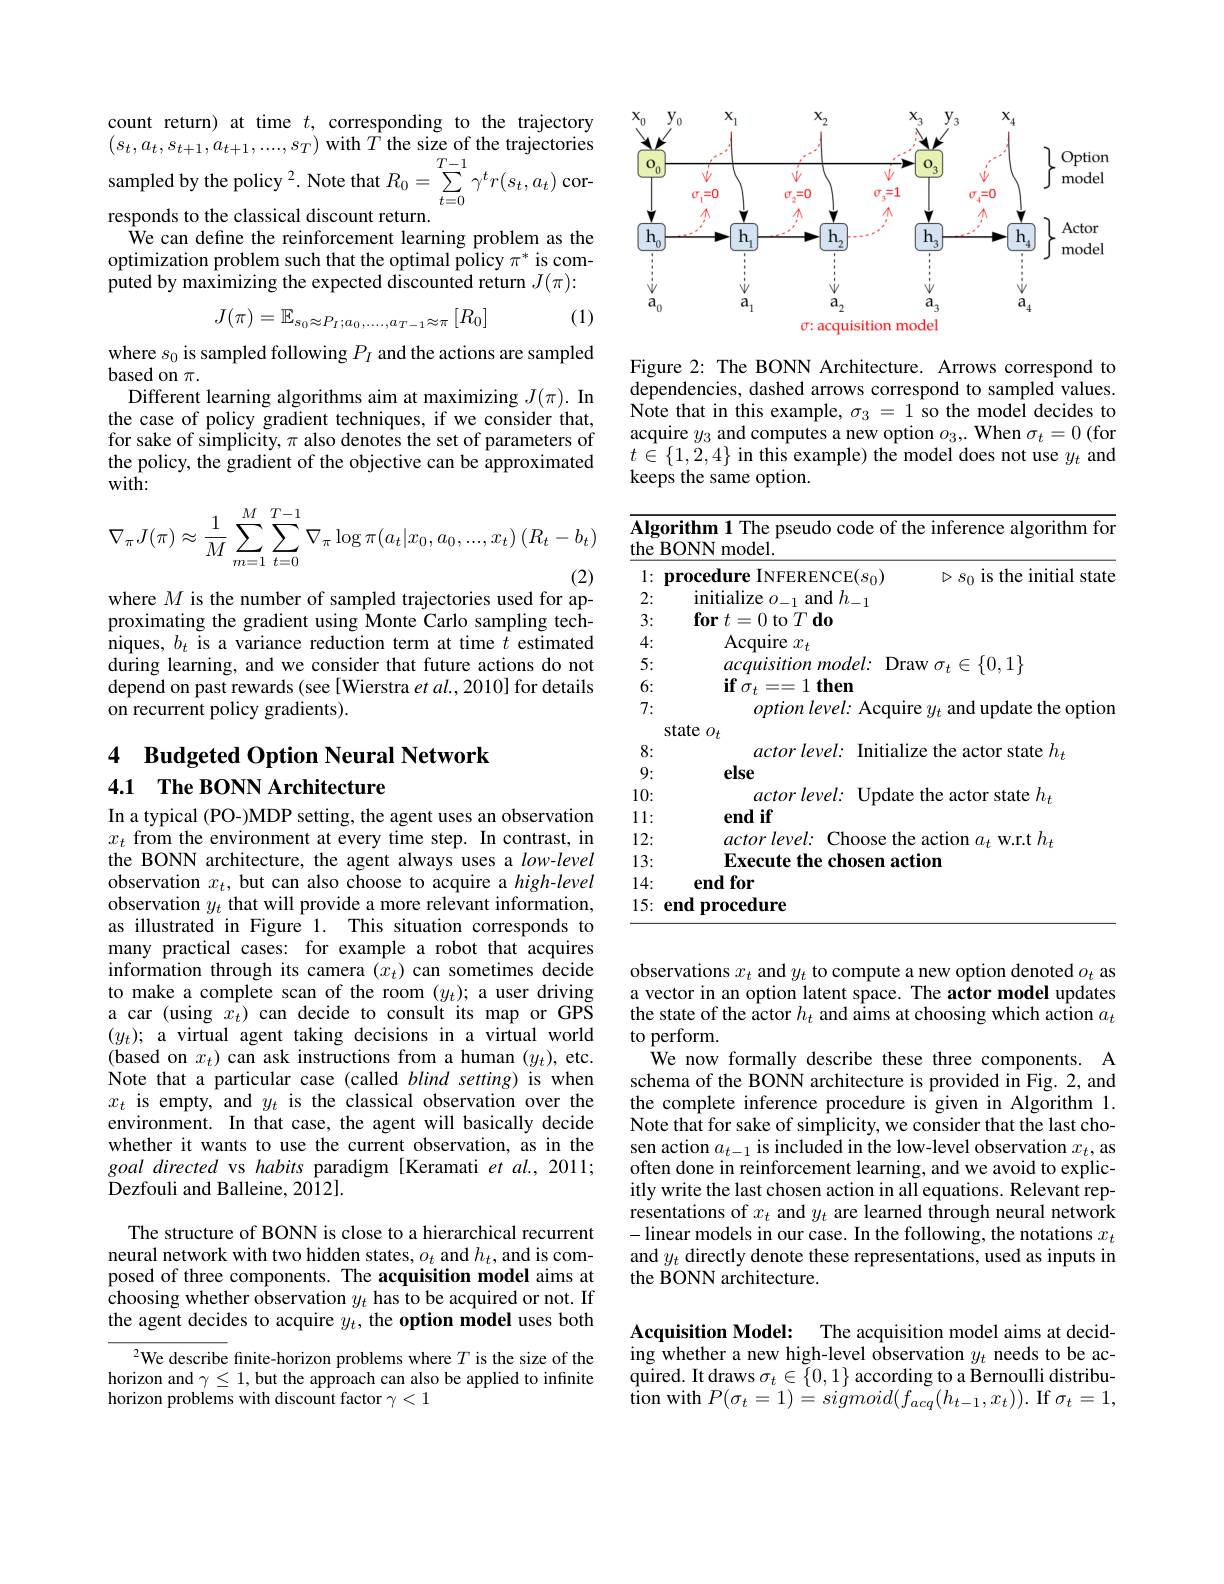
count return) at time $t$, corresponding to the trajectory $\left(s_{t},a_{t},s_{t+1},a_{t+1},\ldots,s_{T}\right)$with $\hat{T}$ the size of the trajectories ampled by the policy $^2.$ Note that $R_0=\sum_{t=0}^{I-1}\gamma^{t}r(s_{t},a_{t})$ corresponds to the classical discount return.
We can define the reinforcement learning problem as the optimization problem such that the optimal policy $\pi^*$ is com- $\hat{\text{puted by maximizing the expected discounted return }}J(\pi):$
$$J(\pi)=\mathbb{E}_{s_0\approx P_I;a_0,\ldots,a_{T-1}\approx\pi}\left[R_0\right]$$
(1)

where $s_0$ is sampled following $P_I$ and the actions are sampled
based on $\pi.$
Different learning algorithms aim at maximizing $J(\pi).$ In the case of policy gradient techniques, if we consider that, for sake of simplicity, $\pi$ also denotes the set of parameters of the policy, the gradient of the objective can be approximated $wit\bar{\mathbf{h}}:$
$$\nabla_{\pi}J(\pi)\approx\frac{1}{M}\sum_{m=1}^{M}\sum_{t=0}^{T-1}\nabla_{\pi}\log\pi(a_{t}|x_{0},a_{0},...,x_{t})\left(R_{t}-b_{t}\right)$$
where $M$ is the number of sampled trajectories used for ap-

proximating the gradient using Monte Carlo sampling techniques, $b_t$ is a variance reduction term at time $t$ estimated during learning, and we consider that future actions do not depend on past rewards (see[Wierstra $et$ al.,2010] for details on recurrent policy gradients).

### 4 Budgeted Option Neural Network 4.1 The BONN Architecture

In a typical (PO-)MDP setting, the agent uses an observation $x_t$ from the environment at every time step. In contrast, in the BONN architecture, the agent always uses a $low-level$ observation $x_t$, but can also choose to acquire a high-level observation $y_t$ that will provide a more relevant information, as illustrated in Figure 1. This situation corresponds to many practical cases: for example a robot that acquires information through its camera $(x_t)$ can sometimes decide to make a complete scan of the room $(y_t);$ a user driving a car (using $\hat{x_t})$ can decide to consult its map or GPS $(y_t);$ a virtual agent taking decisions in a virtual world (based on $x_t)$ can ask instructions from a human $(y_t)$, etc. Note that a particular case (called blind setting) is when $x_t$ is empty, and $y_t$ is the classical observation over the environment. In that case, the agent will basically decide whether it wants to use the current observation, as in the goal directed vs habits paradigm [Keramati et al., 2011; Dezfouli and Balleine, 2012].

The structure of BONN is close to a hierarchical recurrent neural network with two hidden states, $o_t$ and $h_t$, and is composed of three components. The acquisition model aims at choosing whether observation $y_t$ has to be acquired or not. If the agent decides to acquire $y_t$, the option model uses both

${\sqrt{2}\text{We describe}}$ finite-horizon problems where $T$ is the size of the horizon and $\gamma\leq1$,but the approach can also be applied to infinite horizon problems with discount factor $\gamma<1$

<FigureHere>

Figure 2: The BONN Architecture. Arrows correspond to dependencies, dashed arrows correspond to sampled values. $\hat{\text{Note that in this example, }\sigma_{3}}=1\hat{\text{so the model decides to}}$ acquire $y_3$ and computes a new option $o_3,.$ When $\sigma_t=0$ (for $t\in\{1,2,4\}$ in this example) the model does not use $y_t$ and keeps the same option.

<table>
	<tbody>
		<tr>
			<th colspan="3">Algorithm 1 The pseudo code of the inference algorithm fon the BONN model.</th>
		</tr>
		<tr>
			<th>1: </th>
			<th>procedure INFERENCE$(s_0)$</th>
			<th>$\triangleright s_{0}$ is the initial state</th>
		</tr>
		<tr>
			<td>2:</td>
			<td>initialize $o_{-1}$ and $h_{-1}$ </td>
			<td> </td>
		</tr>
		<tr>
			<td>3:</td>
			<td>$\textbf{for}t= 0$ to $T\textbf{do}$</td>
			<td> </td>
		</tr>
		<tr>
			<td>4:</td>
			<td>Acquire $x_t$</td>
			<td> </td>
		</tr>
		<tr>
			<td>5:</td>
			<td>$acquisitionmodel:$ $Dr\varepsilon$</td>
			<td>aw $\sigma_{t}\in\{0,1\}$</td>
		</tr>
		<tr>
			<td>6:</td>
			<td>$\textbf{if}\sigma _{t}= = 1\textbf{then}$</td>
			<td> </td>
		</tr>
		<tr>
			<td>7:</td>
			<td>$option\textit{level: Acquir}$</td>
			<td>re $y_{t}$ and update the option</td>
		</tr>
		<tr>
			<td> </td>
			<td>state $o_t$</td>
			<td> </td>
		</tr>
		<tr>
			<td>8:</td>
			<td>$actorlevel:$ Initiali</td>
			<td>ze the actor state $:h_{i}$</td>
		</tr>
		<tr>
			<td>9:</td>
			<td>else</td>
			<td> </td>
		</tr>
		<tr>
			<td>10:</td>
			<td>$actorlevel:$ Update</td>
			<td>e the actor state $h$</td>
		</tr>
		<tr>
			<td>1: 1 1 </td>
			<td>end if</td>
			<td> </td>
		</tr>
		<tr>
			<td>12:</td>
			<td>$actor\textit{level: }$ Choose the</td>
			<td>e action $a_t$ w.r.t $h_t$</td>
		</tr>
		<tr>
			<td>13: </td>
			<td>Execute the chosen act</td>
			<td>tion</td>
		</tr>
		<tr>
			<td>14: $E$</td>
			<td>$\mathbf{endfor}$</td>
			<td> </td>
		</tr>
		<tr>
			<td>15: </td>
			<td>end procedure</td>
			<td> </td>
		</tr>
	</tbody>
</table>

observations $x_t$ and $y_t$ to compute a new option denoted $o_t$ as a vector in an option latent space. The actor model updates the state of the actor $h_t$ and aims at choosing which action $a_t$ to perform.
We now formally describe these three components. A schema of the BONN architecture is provided in Fig. 2, and the complete inference procedure is given in Algorithm 1. Note that for sake of simplicity, we consider that the last chosen action $a_t-1$ is included in the low-level observation $x_t$,as often done in reinforcement learning, and we avoid to explicitly write the last chosen action in all equations. Relevant representations of $x_t$ and $y_t$ are learned through neural network -linear models in our case. In the following, the notations $x_t$ and $y_t$ directly denote these representations, used as inputs in the BONN architecture.

Acquisition Model: The acquisition model aims at deciding whether a new high-level observation $y_t$ needs to be acquired. It draws $\sigma_t\in\{0,1\}$ according to a Bernoulli distribution with $P(\sigma_{t}=1)=sigmoid(f_{acq}(h_{t-1},x_{t})).$ If $\sigma_{t}=1$,